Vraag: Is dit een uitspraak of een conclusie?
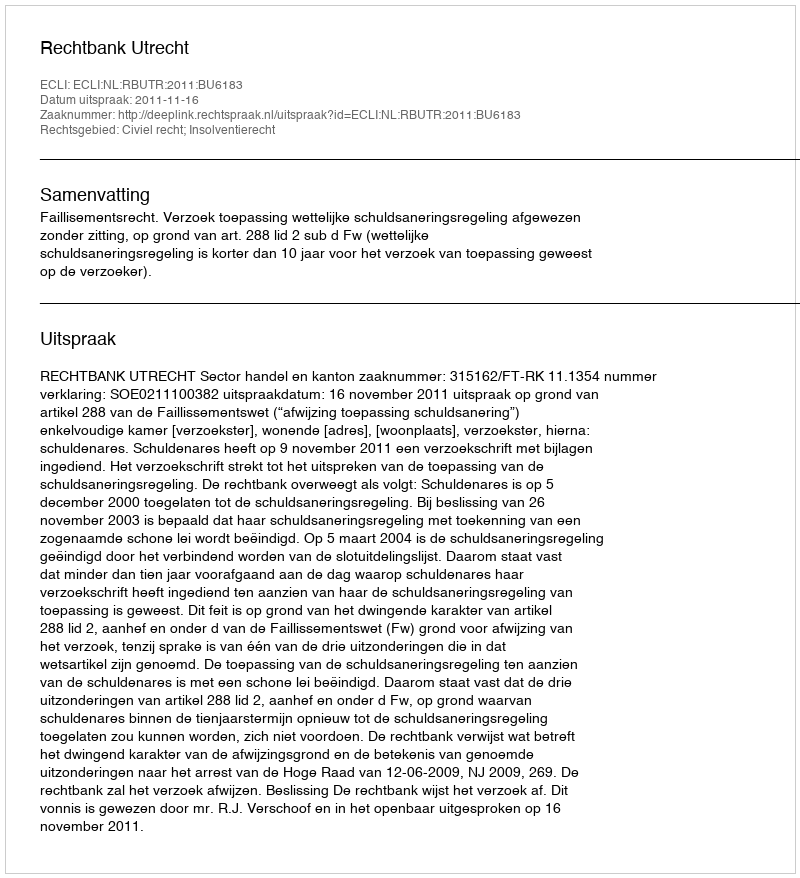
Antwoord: Uitspraak